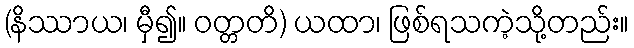
(နိဿာယ၊ မှီ၍။ ဝတ္တတိ) ယထာ၊ ဖြစ်ရသကဲ့သို့တည်း။